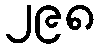
၂၉၈